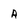
Character: A